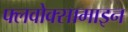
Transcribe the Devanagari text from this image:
फ्लवोक्सामाइन